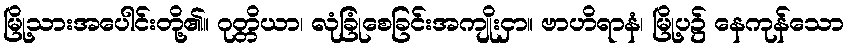
မြို့သားအပေါင်းတို့၏။ ဂုတ္တိယာ၊ လုံခြုံစေခြင်းအကျိုးငှာ။ ဗာဟိရာနံ၊ မြို့ပ၌ နေကုန်သော